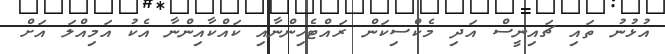
އުޅުނު ތައި ޗައިނީސް އަދި މެކްސިކަން ރައްޓެހިންނާއި ކައްކާއިންނާ އެކު އަމިއްލަ އަށް